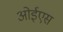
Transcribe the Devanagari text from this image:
ओईएस